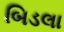
બિડલા